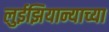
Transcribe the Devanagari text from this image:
लुईझियान्याच्या